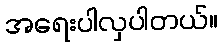
အရေးပါလှပါတယ်။